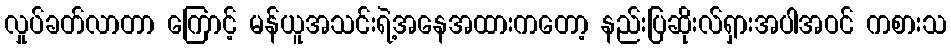
လှုပ်ခတ်လာတာ ကြောင့် မန်ယူအသင်းရဲ့အနေအထားကတော့ နည်းပြဆိုးလ်ရှားအပါအဝင် ကစားသ